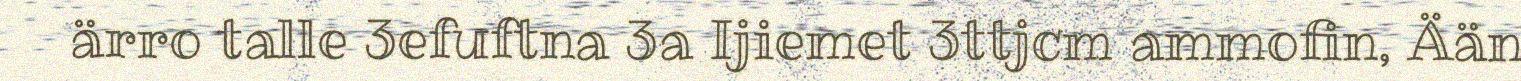
ärro talle 3efuftna 3a Ijiemet 3ttjcm ammofin, Ään